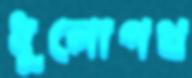
ধুলোপথ